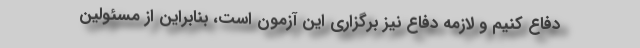
دفاع کنیم و لازمه دفاع نیز برگزاری این آزمون است، بنابراین از مسئولین